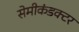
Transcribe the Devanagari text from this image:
सेमीकंडक्‍टर